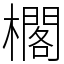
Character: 櫊